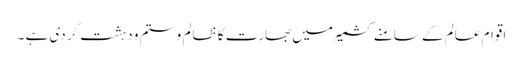
اقوام عالم کے سامنے کشمیر میں بھارت کا ظالم و ستم و دہشت گردی ہے ۔